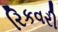
રિકવરી